Lunatic asylums United Provinces 1899-1908 - 1899-1908
Year: 1899
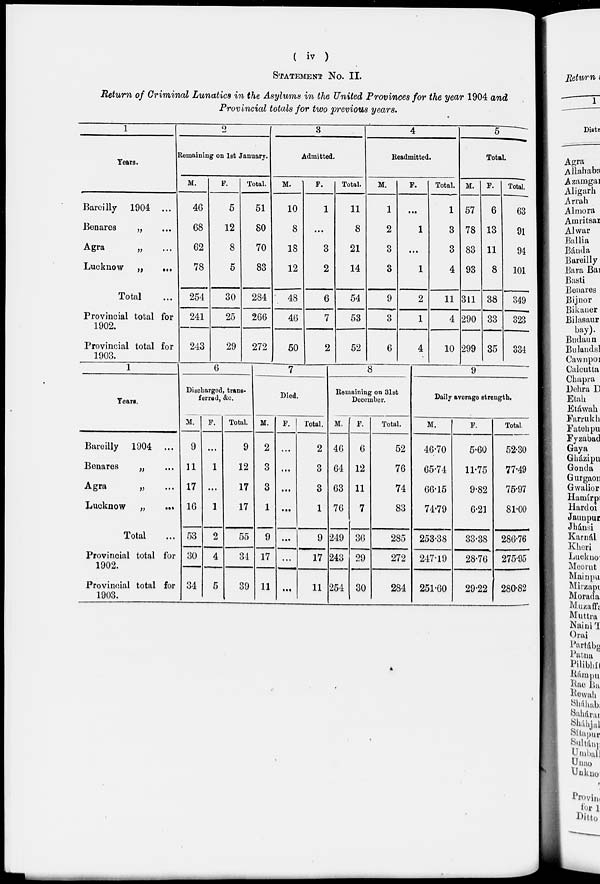
( iv )
STATEMENT No. II.
Return of Criminal Lunatics in the Asylums in the United Provinces for the year 1904 and
Provincial totals for two previous years.
1
Years.
Bareilly 1904 ...
Benares
„ ...
Agra
„ ..
Lucknow „
...
Total ...
Provincial total for
1902.
Provincial total for
1903.
2
Remaining on 1st January.
M.
46
68
62
78
254
241
243
F.
5
12
8
5
30
25
29
Total.
51
80
70
83
284
266
272
3
Admitted.
M.
10
8
18
12
48
46
50
F.
1
...
3
2
6
7
2
Total.
11
8
21
14
54
53
52
4
Readmitted.
M.
1
2
3
3
9
3
6
F.
...
1
...
1
2
1
4
Total.
1
3
3
4
11
4
10
5
Total.
M.
57
78
83
93
311
290
299
F.
6
13
11
8
38
33
35
Total.
63
91
94
101
349
323
334
1
|
6
Years.
Bareilly 1904 ...
Benares
„ ...
Agra
„ ...
Lucknow „
...
Total ...
Provincial total for
1902.
Provincial total for
1903.
Discharged,trans¬
ice.
M.
9
11
17
16
53
30
34
F.
...
1
...
1
2
4
5
Total.
9
12
17
17
55
34
39
7
Died.
M.
2
3
3
1
9
17
11
F.
...
...
...
...
...
...
...
Total.
2
3
3
1
9
17
11
8
Remaining on 31st
December.
M.
46
64
63
76
249
243
254
F.
6
12
11
7
36
29
30
Total.
52
76
74
83
285
272
284
9
Daily average strength.
M.
46.70
65.74
66.15
74.79
253.38
247.19
251.60
F.
5.60
11.75
9.82
6.21
33.38
28.76
29.22
Total.
52.30
77.49
75.97
81.00
286.76
275.95
280.82